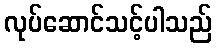
လုပ်ဆောင်သင့်ပါသည်